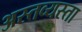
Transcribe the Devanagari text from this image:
अस्तव्यस्ता